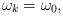
LaTeX: \begin{align*}\omega_{k} = \omega_{0},\end{align*}